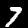
Label: 7